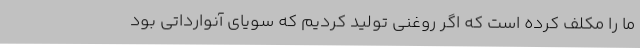
ما را مکلف کرده است که اگر روغنی تولید کردیم که سویای آنوارداتی بود